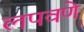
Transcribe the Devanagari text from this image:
लपवणे